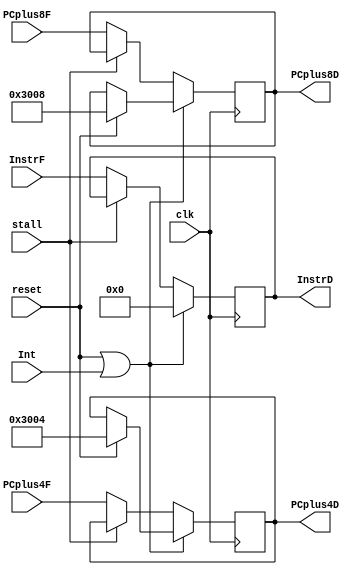
`timescale 1ns / 1ps
//////////////////////////////////////////////////////////////////////////////////
// Company: 
// Engineer: 
// 
// Design Name: 
// Module Name:    D_Registers 
// Project Name: 
// Target Devices: 
// Tool versions: 
// Description: 
//
// Dependencies: 
//
// Revision: 
// Revision 0.01 - File Created
// Additional Comments: 
//
//////////////////////////////////////////////////////////////////////////////////
module D_Registers(             //9: 6 input 3 output
	 input  clk,                 //
	 input  reset,               //
	 input  stall,               //
	 input  Int,
    input  [31:0] PCplus4F,     //PC+4 in IF
	 input  [31:0] PCplus8F,     //PC+8 in IF
	 input  [31:0] InstrF,       //Instr in IF
    output  [31:0] PCplus4D,    //PC+4 in ID
	 output  [31:0] PCplus8D,    //PC+8 in ID
	 output  [31:0] InstrD       //Instr in ID
    );
	 reg [31:0] Instr;
	 reg [31:0] PCplus4;
	 reg [31:0] PCplus8;
	 
	 assign InstrD = Instr,
		     PCplus4D = PCplus4,
			  PCplus8D = PCplus8;
			  
	 initial begin                   //??
		Instr <= 32'h0000_0000;
		PCplus4 <= 32'h0000_3004;
		PCplus8 <= 32'h0000_3008;
	 end
			  
	 always @(posedge clk) begin
		if(reset | Int) begin
			Instr <= 32'h0000_0000;
			if (reset) begin
				PCplus4 <= 32'h0000_3004;     //??
				PCplus8 <= 32'h0000_3008;
			end
		end
		else begin
			if(!stall) begin            //!stall=1,
				Instr <= InstrF;
				PCplus4 <= PCplus4F;
				PCplus8 <= PCplus8F;
			end
		end
	 end

endmodule